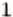
1